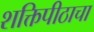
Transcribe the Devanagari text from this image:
शक्तिपीठाचा